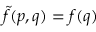
{ \tilde { f } } ( p , q ) = f ( q )